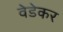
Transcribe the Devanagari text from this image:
वेडेकर